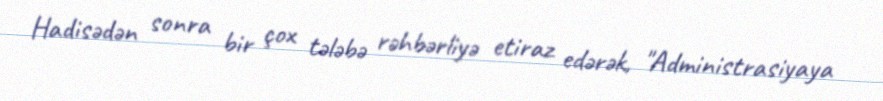
Hadisədən sonra bir çox tələbə rəhbərliyə etiraz edərək, "Administrasiyaya